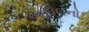
આદોલનો